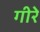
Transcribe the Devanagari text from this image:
गीरे